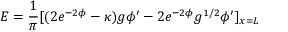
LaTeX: E = { \frac { 1 } { \pi } } [ ( 2 e ^ { - 2 \phi } - \kappa ) g \phi ^ { \prime } - 2 e ^ { - 2 \phi } g ^ { 1 / 2 } \phi ^ { \prime } ] _ { x = L }